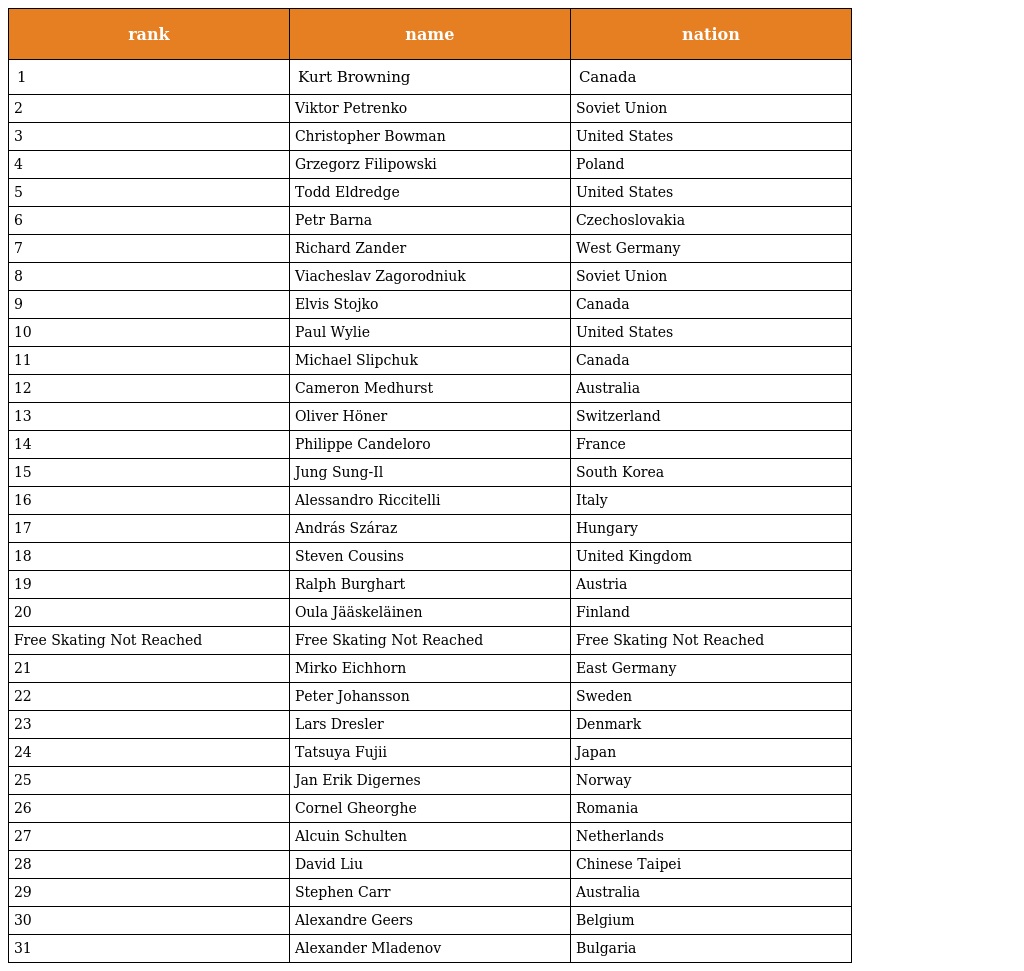
| rank | name | nation |
 | --- | --- | --- |
 | 1 | Kurt Browning | Canada |
 | 2 | Viktor Petrenko | Soviet Union |
 | 3 | Christopher Bowman | United States |
 | 4 | Grzegorz Filipowski | Poland |
 | 5 | Todd Eldredge | United States |
 | 6 | Petr Barna | Czechoslovakia |
 | 7 | Richard Zander | West Germany |
 | 8 | Viacheslav Zagorodniuk | Soviet Union |
 | 9 | Elvis Stojko | Canada |
 | 10 | Paul Wylie | United States |
 | 11 | Michael Slipchuk | Canada |
 | 12 | Cameron Medhurst | Australia |
 | 13 | Oliver Höner | Switzerland |
 | 14 | Philippe Candeloro | France |
 | 15 | Jung Sung-Il | South Korea |
 | 16 | Alessandro Riccitelli | Italy |
 | 17 | András Száraz | Hungary |
 | 18 | Steven Cousins | United Kingdom |
 | 19 | Ralph Burghart | Austria |
 | 20 | Oula Jääskeläinen | Finland |
 | Free Skating Not Reached | Free Skating Not Reached | Free Skating Not Reached |
 | 21 | Mirko Eichhorn | East Germany |
 | 22 | Peter Johansson | Sweden |
 | 23 | Lars Dresler | Denmark |
 | 24 | Tatsuya Fujii | Japan |
 | 25 | Jan Erik Digernes | Norway |
 | 26 | Cornel Gheorghe | Romania |
 | 27 | Alcuin Schulten | Netherlands |
 | 28 | David Liu | Chinese Taipei |
 | 29 | Stephen Carr | Australia |
 | 30 | Alexandre Geers | Belgium |
 | 31 | Alexander Mladenov | Bulgaria |